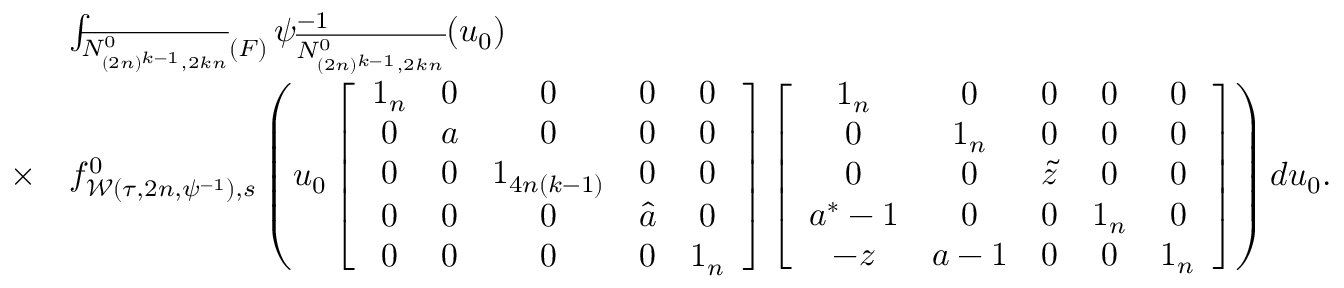
\begin{array} { r l } & { \int _ { \overline { { N _ { ( 2 n ) ^ { k - 1 } , 2 k n } ^ { 0 } } } ( F ) } \psi _ { \overline { { N _ { ( 2 n ) ^ { k - 1 } , 2 k n } ^ { 0 } } } } ^ { - 1 } ( u _ { 0 } ) } \\ { \times } & { f _ { \mathcal { W } ( \tau , 2 n , \psi ^ { - 1 } ) , s } ^ { 0 } \left( u _ { 0 } \left[ \begin{array} { c c c c c } { 1 _ { n } } & { 0 } & { 0 } & { 0 } & { 0 } \\ { 0 } & { a } & { 0 } & { 0 } & { 0 } \\ { 0 } & { 0 } & { 1 _ { 4 n ( k - 1 ) } } & { 0 } & { 0 } \\ { 0 } & { 0 } & { 0 } & { \hat { a } } & { 0 } \\ { 0 } & { 0 } & { 0 } & { 0 } & { 1 _ { n } } \end{array} \right] \left[ \begin{array} { c c c c c } { 1 _ { n } } & { 0 } & { 0 } & { 0 } & { 0 } \\ { 0 } & { 1 _ { n } } & { 0 } & { 0 } & { 0 } \\ { 0 } & { 0 } & { \tilde { z } } & { 0 } & { 0 } \\ { a ^ { \ast } - 1 } & { 0 } & { 0 } & { 1 _ { n } } & { 0 } \\ { - z } & { a - 1 } & { 0 } & { 0 } & { 1 _ { n } } \end{array} \right] \right) d u _ { 0 } . } \end{array}